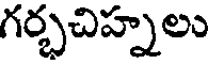
గర్భచిహ్నలు